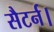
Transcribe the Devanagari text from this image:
सैटर्न।